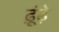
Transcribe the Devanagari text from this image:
ढ़ूंढ़े